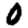
Digit: 0